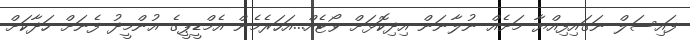
ފައިސަލް ނަގައިފިއްޔާ މަށެއް ނުލާނަން އިދިކޮޅަށް ވޯޓެއް...އަހަރެމެން އެމްޑީޕީގެ އުންމީދު ފެނަށް ހަދާކަށް